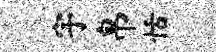
宇帛恬